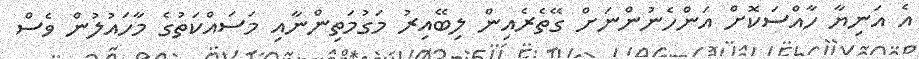
އެ އަނިޔާ ހާއްސަކޮށް އަންހެނުންނަށް ގޭތެރެއިން ލިބޭއިރު މަގުމަތިންނާއި މަސައްކަތުގެ މާހައުލުން ވެސް